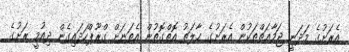
އެރަށުގެ މަދަނީ ޖަމާޢަތްތަކުން އެރަށުގެ ޙާލަތު އޮތްގޮތުން އެތަނަށް ގްރޫޕްހަދައިގެން ދިއުމީ ރަށުގެ